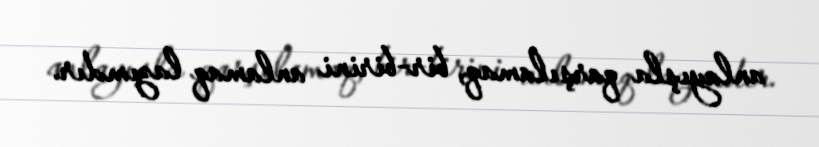
anlayışla qarşılamaq, bir-birini anlamaq lazımdır.